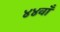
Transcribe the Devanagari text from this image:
४४वाँ